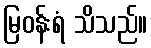
မြဝန်းရံ သိသည်။